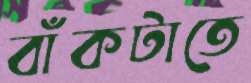
বাঁকটাতে